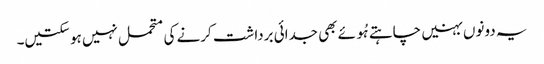
یہ دونوں بہنیں چاہتے ہُوئے بھی جدائی برداشت کرنے کی متحمل نہیں ہو سکتیں۔